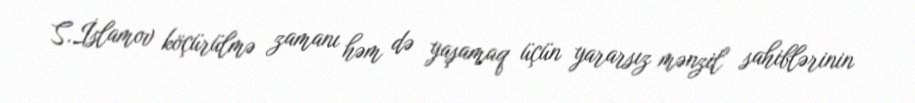
S.İslamov köçürülmə zamanı həm də yaşamaq üçün yararsız mənzil sahiblərinin